Leprosy in India: report of the Leprosy Commission in India, 1890-91
Year: 1890
Disease focus: Leprosy
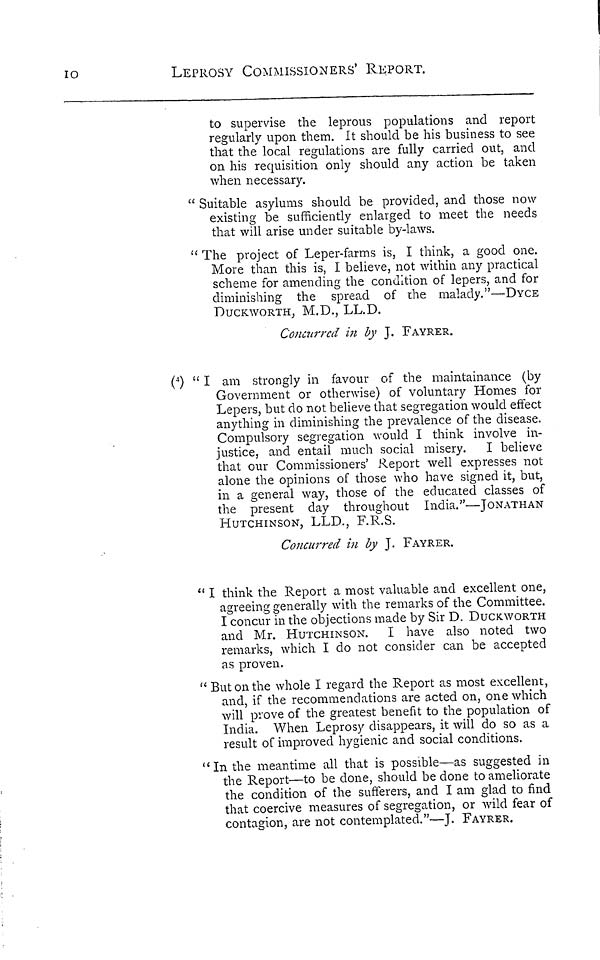
10
LEPROSY COMMISSIONERS' REPORT.
to supervise the leprous populations and report
regularly upon them. It should be his business to see
that the local regulations are fully carried out, and
on his requisition only should any action be taken
when necessary.
" Suitable asylums should be provided, and those now
existing be sufficiently enlarged to meet the needs
that will arise under suitable by-laws.
" The project of Leper-farms is, I think, a good one.
More than this is, I believe, not within any practical
scheme for amending the condition of lepers, and for
diminishing the spread of the malady."—DYCE
DUCKWORTH, M.D.,
LL.D.
Concurred in by J. FAYRER.
( 4 ) " I am strongly in favour of the maintainance (by
Government or otherwise) of voluntary Homes for
Lepers, but do not believe that segregation would effect
anything in diminishing the prevalence of the disease.
Compulsory segregation would I think involve in-
justice, and entail much social misery. I believe
that our Commissioners' Report well expresses not
alone the opinions of those who have signed it, but,
in a general way, those of the educated classes of
the present day throughout India."—JONATHAN
HUTCHINSON, LLD., F.R.S.
Concurred in by J. FAYRER.
" I think the Report a most valuable and excellent one,
agreeing generally with the remarks of the Committee.
I concur in the objections made by Sir D. DUCKWORTH
and Mr. HUTCHINSON. I have also noted two
remarks, which I do not consider can be accepted
as proven.
" But on the whole I regard the Report as most excellent,
and, if the recommendations are acted on, one which
will prove of the greatest benefit to the population of
India. When Leprosy disappears, it will do so as a
result of improved hygienic and social conditions.
" In the meantime all that is possible—as suggested in
the Report—to be done, should be done to ameliorate
the condition of the sufferers, and I am glad to find
that coercive measures of segregation, or wild fear of
contagion, are not contemplated."—J. FAYRER.